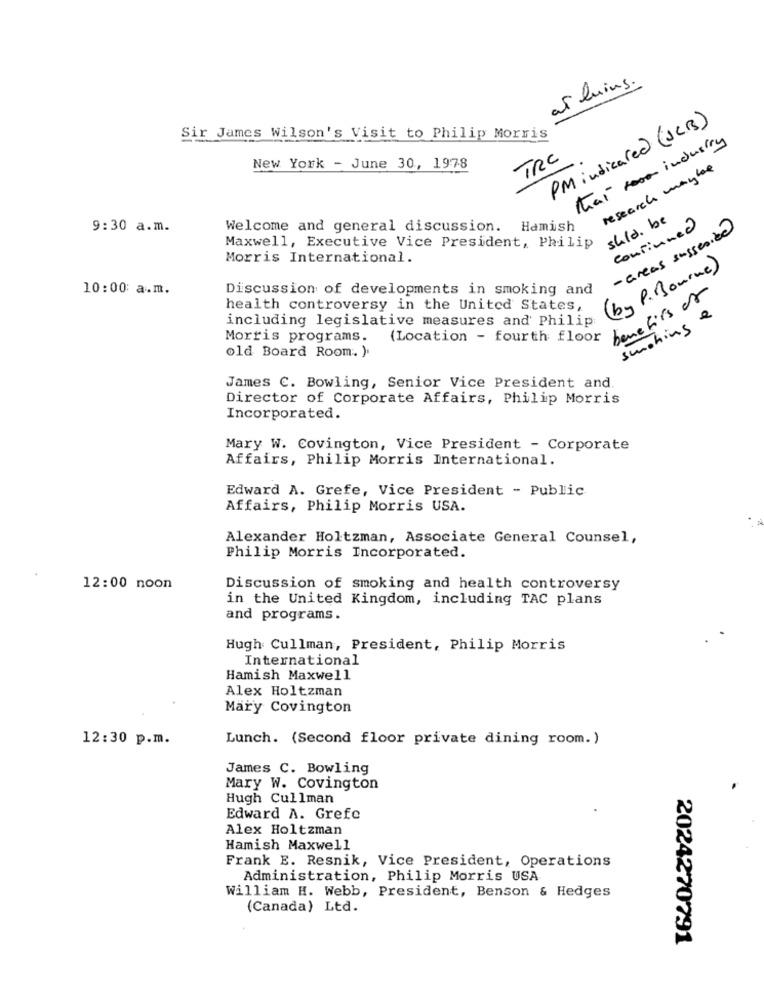
at luins .
PM indicared (JCB)
Sir James Wilson's Visit to Philip Morris
that room industry
TRC
New York - June 30, 1978
research maybe
shld. be
9:30 a.m.
Welcome and general discussion. Hamish
- areas sussesice
continued
Maxwell, Executive Vice President, Philip
Morris International.
( by P. Bourne )
10:00: a.m.
Discussion of developments in smoking and
benefits of
health controversy in the United States,
including legislative measures and Philip
smoking &
Morris programs.
(Location - fourth floor
old Board Room. ).
James C. Bowling, Senior Vice President and
Director of Corporate Affairs, Philip Morris
Incorporated.
Mary W. Covington, Vice President - Corporate
Affairs, Philip Morris International.
Edward A. Grefe, Vice President - Public
Affairs, Philip Morris USA.
Alexander Holtzman, Associate General Counsel,
Philip Morris Incorporated.
12:00 noon
Discussion of smoking and health controversy
in the United Kingdom, including TAC plans
and programs.
Hugh Cullman, President, Philip Morris
International
Hamish Maxwell
Alex Holtzman
Mary Covington
12:30 p.m.
Lunch. (Second floor private dining room.)
James C. Bowling
Mary W. Covington
Hugh Cullman
Edward A. Grefe
Alex Holtzman
Hamish Maxwell
Frank E. Resnik, Vice President, Operations
Administration, Philip Morris USA
William H. Webb, President, Benson & Hedges
(Canada) Ltd.
2024270791